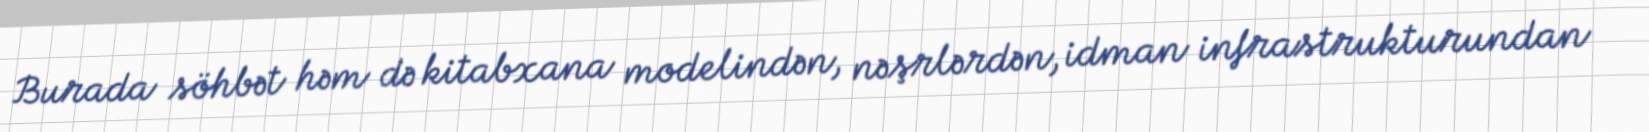
Burada söhbət həm də kitabxana modelindən, nəşrlərdən, idman infrastrukturundan